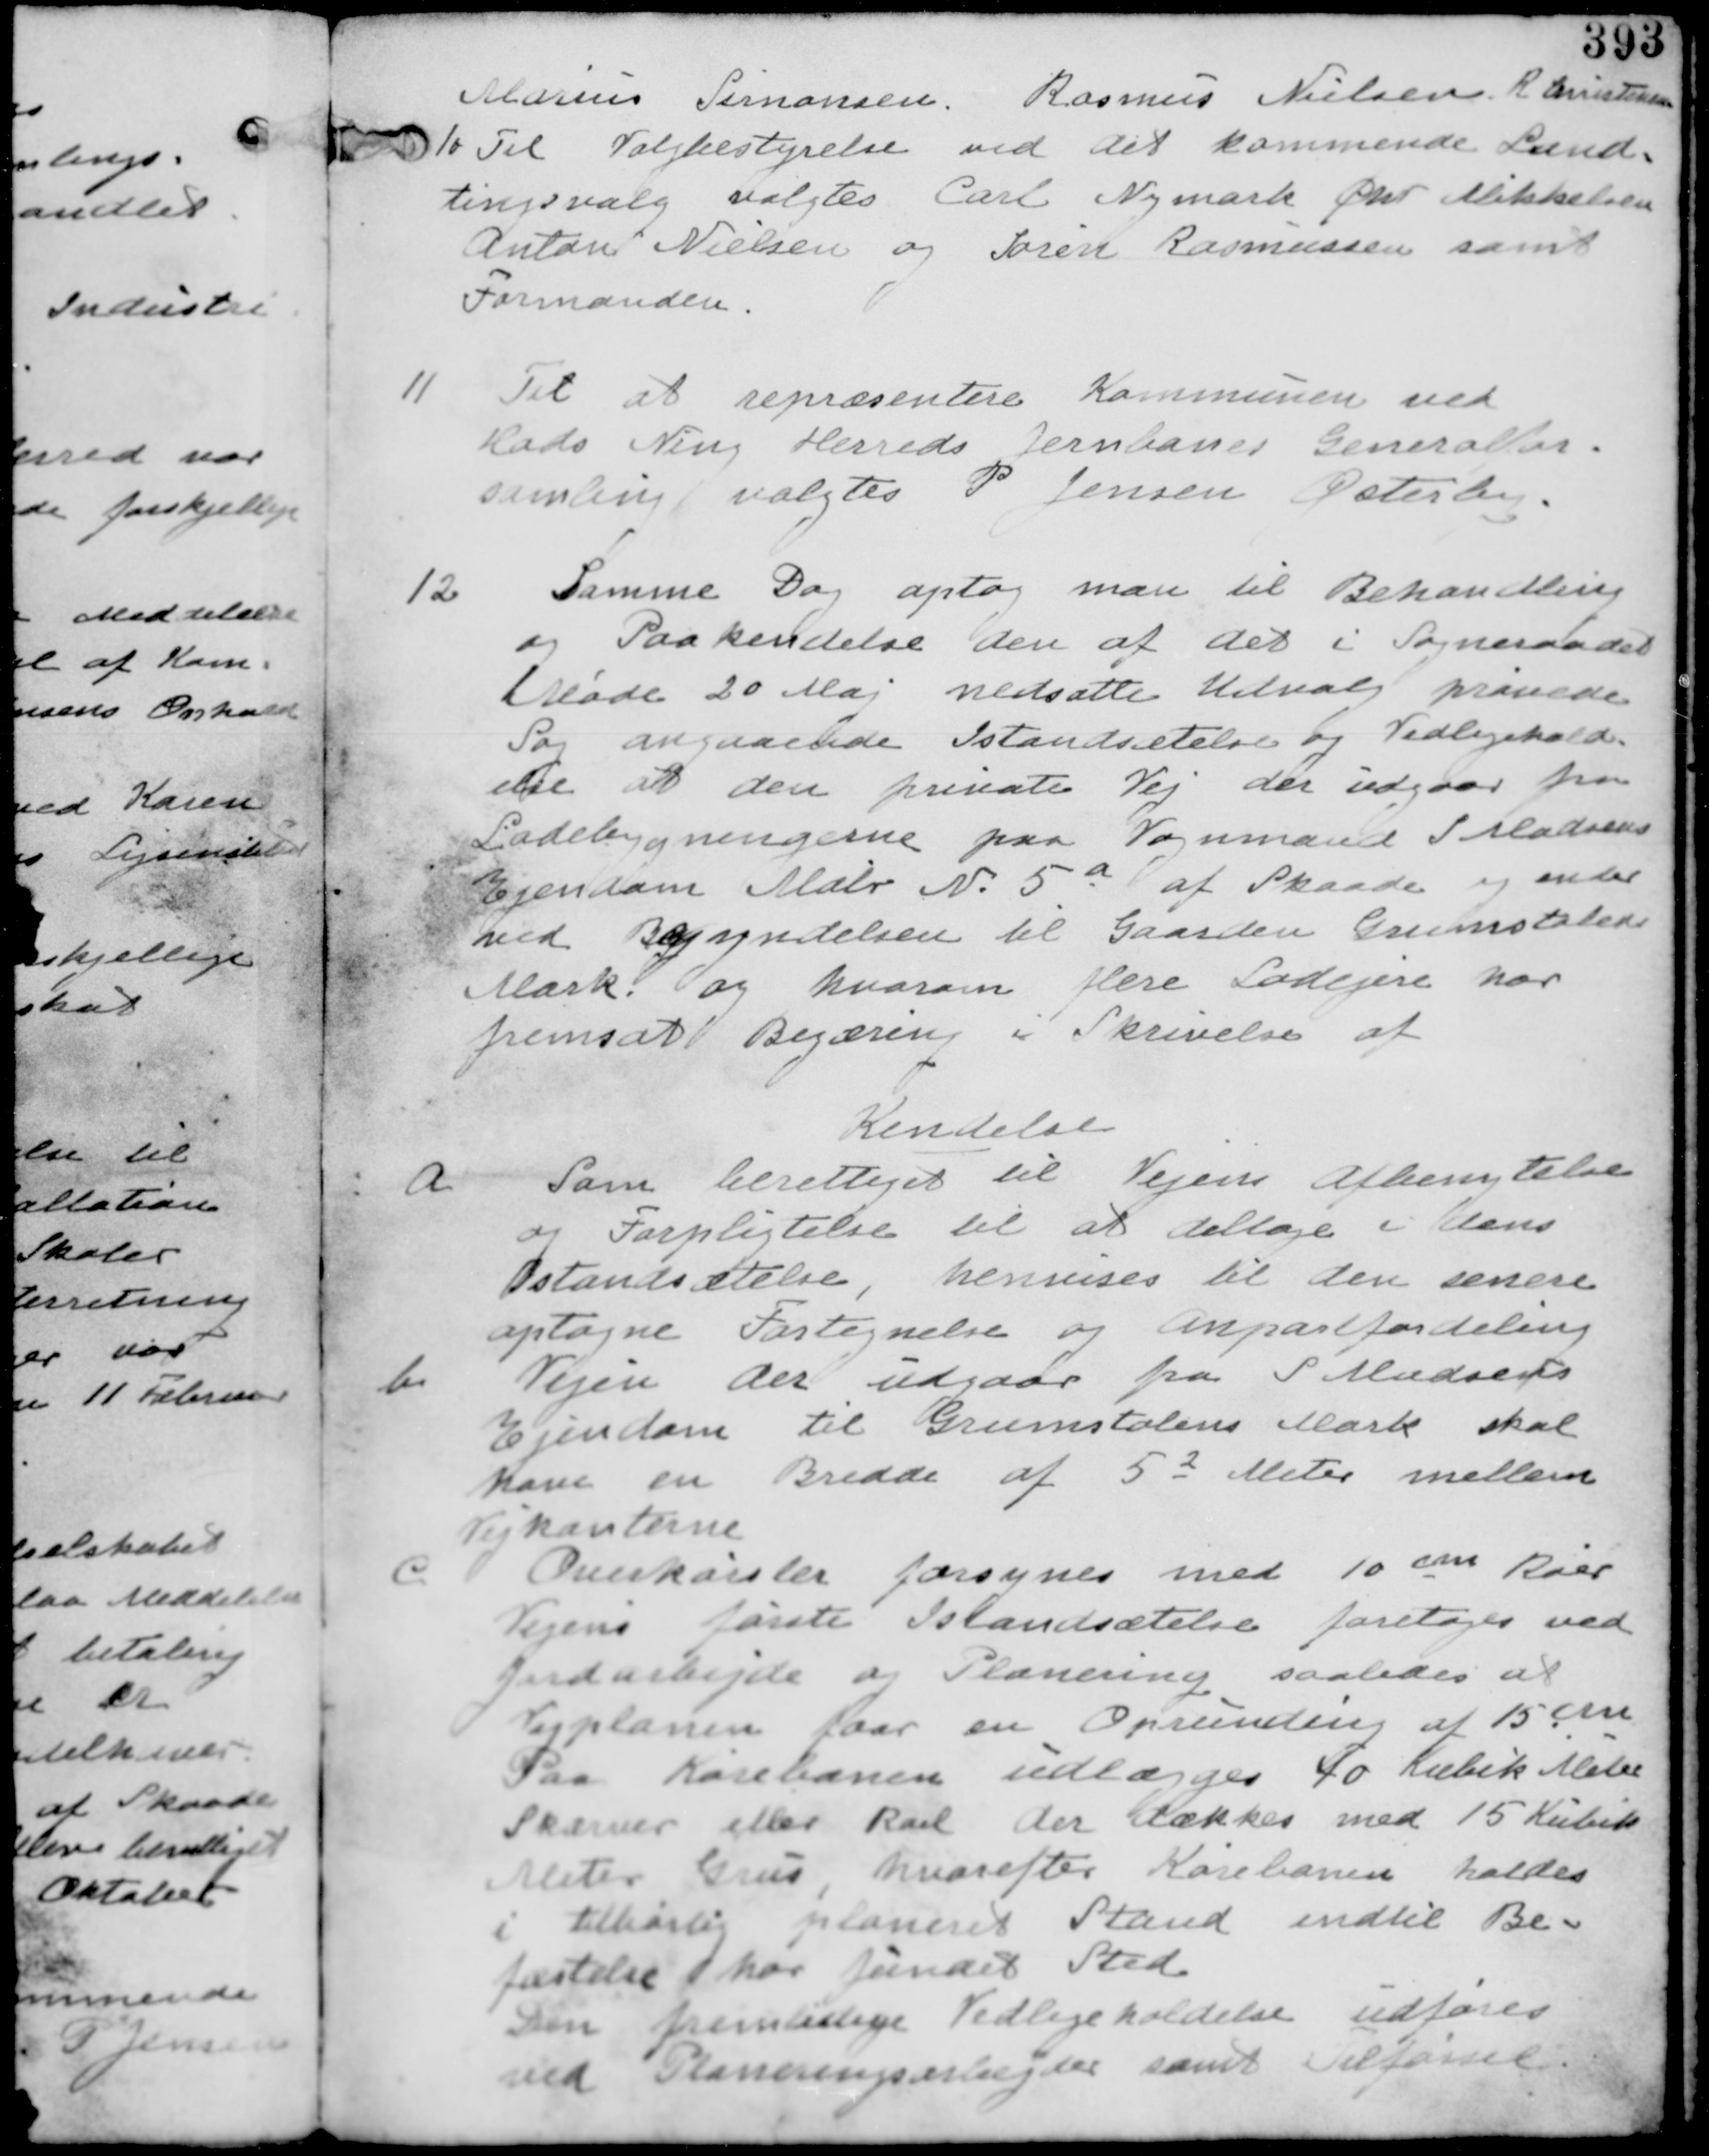
Transskription:
Marius Simonsen. Rasmus Nielsen. R. Christensen

10 Til Valgbestyrelse ved det kommende Land
tingsvalg valgtes Carl Nymark Chr Mikkelsen
Anton Nielsen og Søren Rasmussen samt
Formanden

11. Til at repræsentere Kommunen ved
Hads Ning Herreds Jernbanes Generalfor-
samling valgtes P Jensen Østerby.

12 Samme Dag optog man til Behandling
og Paakendelse den af det i Sogneraadet
Møde 20 Maj nedsatte Udvalg prøvelse
Sag angaaende Istandsættelse og Vedligehold
else af den private Vej der udgaar fra
Ladebygningerne paa Vognmand S Madsens
Ejendom Matr N. 5a af Skaade og ender
ved Begyndelsen til Gaarden Grumstolen
Mark og hvorom flere Lodsejere har
fremsat Begæring i Skrivelse af

Kendelse
a.
Som berettiget til Vejens afbenyttelse
og Forpligtigtelse til at deltage i dens
Istandsættelse, henvises til den senere
optagne Fortegnelse og Anpartsfordeling

b.
Vejen der udgaar fra S Madsens
Ejendom til Grumstolen Mark skal
have en Bredde af 52 Meter mellem
Vejkanterne

c. Overkørsler forsynes med 10 cm Ral
Vejens første Istandsættelse foretages ved
Jordarbejde og Planering saaledes at
Vejplanen faar en Oprunding af 15 cm
Paa Kørebanen udlægges 40 Kubik Meter
Skærver eller Ral der dækkes med 15 Kubik
Meter Grus, hvorefter Kørebanen holdes
i tilbørlig planeret Stand indtil Be-
føstelse har fundet Sted.
Den fremtidige Vedligeholdelse udføres
ved Planeringsarbejder samt Tilførsel